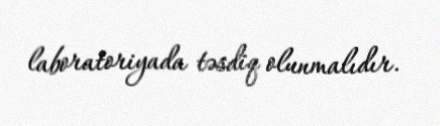
laboratoriyada təsdiq olunmalıdır.